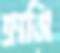
ফ্রাসি